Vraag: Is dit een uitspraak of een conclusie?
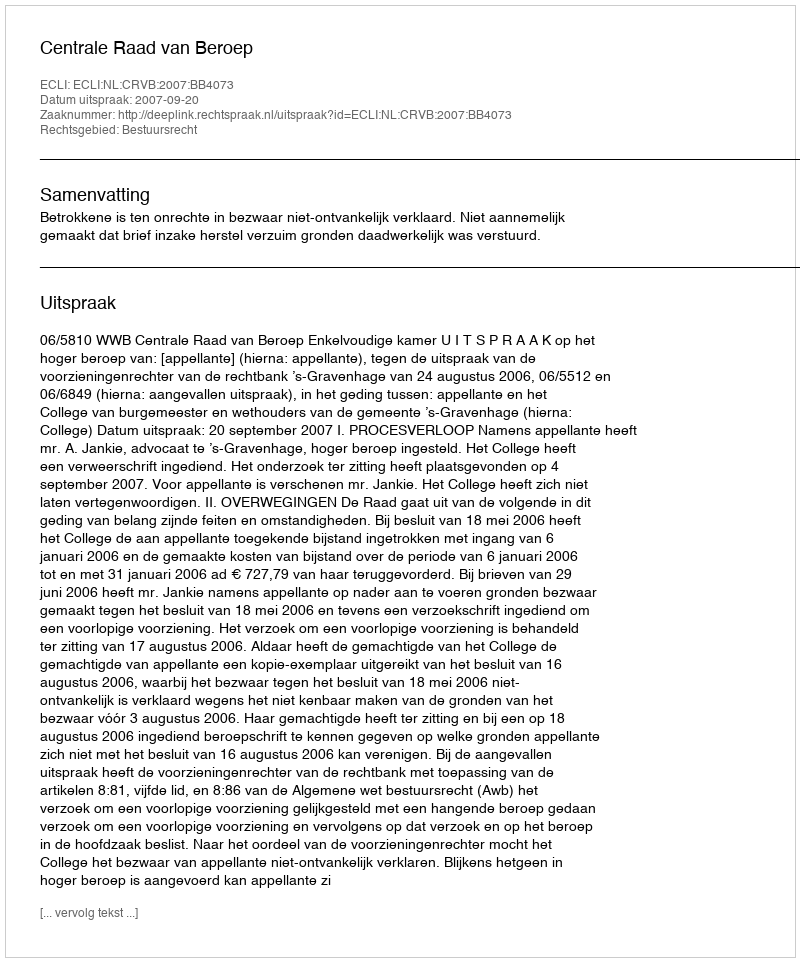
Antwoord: Uitspraak